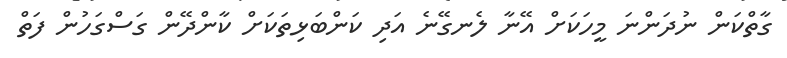
ގާތްކަން ނުދަންނަ މީހަކަށް އޭނާ ލެނގޭނެ އަދި ކަންބަޅިތަކަށް ކާންދޭން ގަސްގަހުން ފަތް